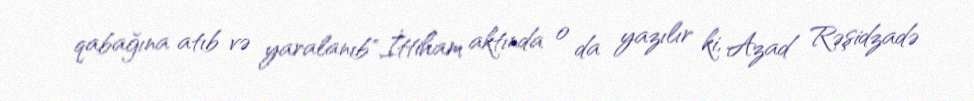
qabağına atıb və yaralanıb".İttiham aktında o da yazılır ki, Azad Rəşidzadə